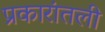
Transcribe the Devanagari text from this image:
प्रकारांतली